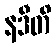
နဒီတိ